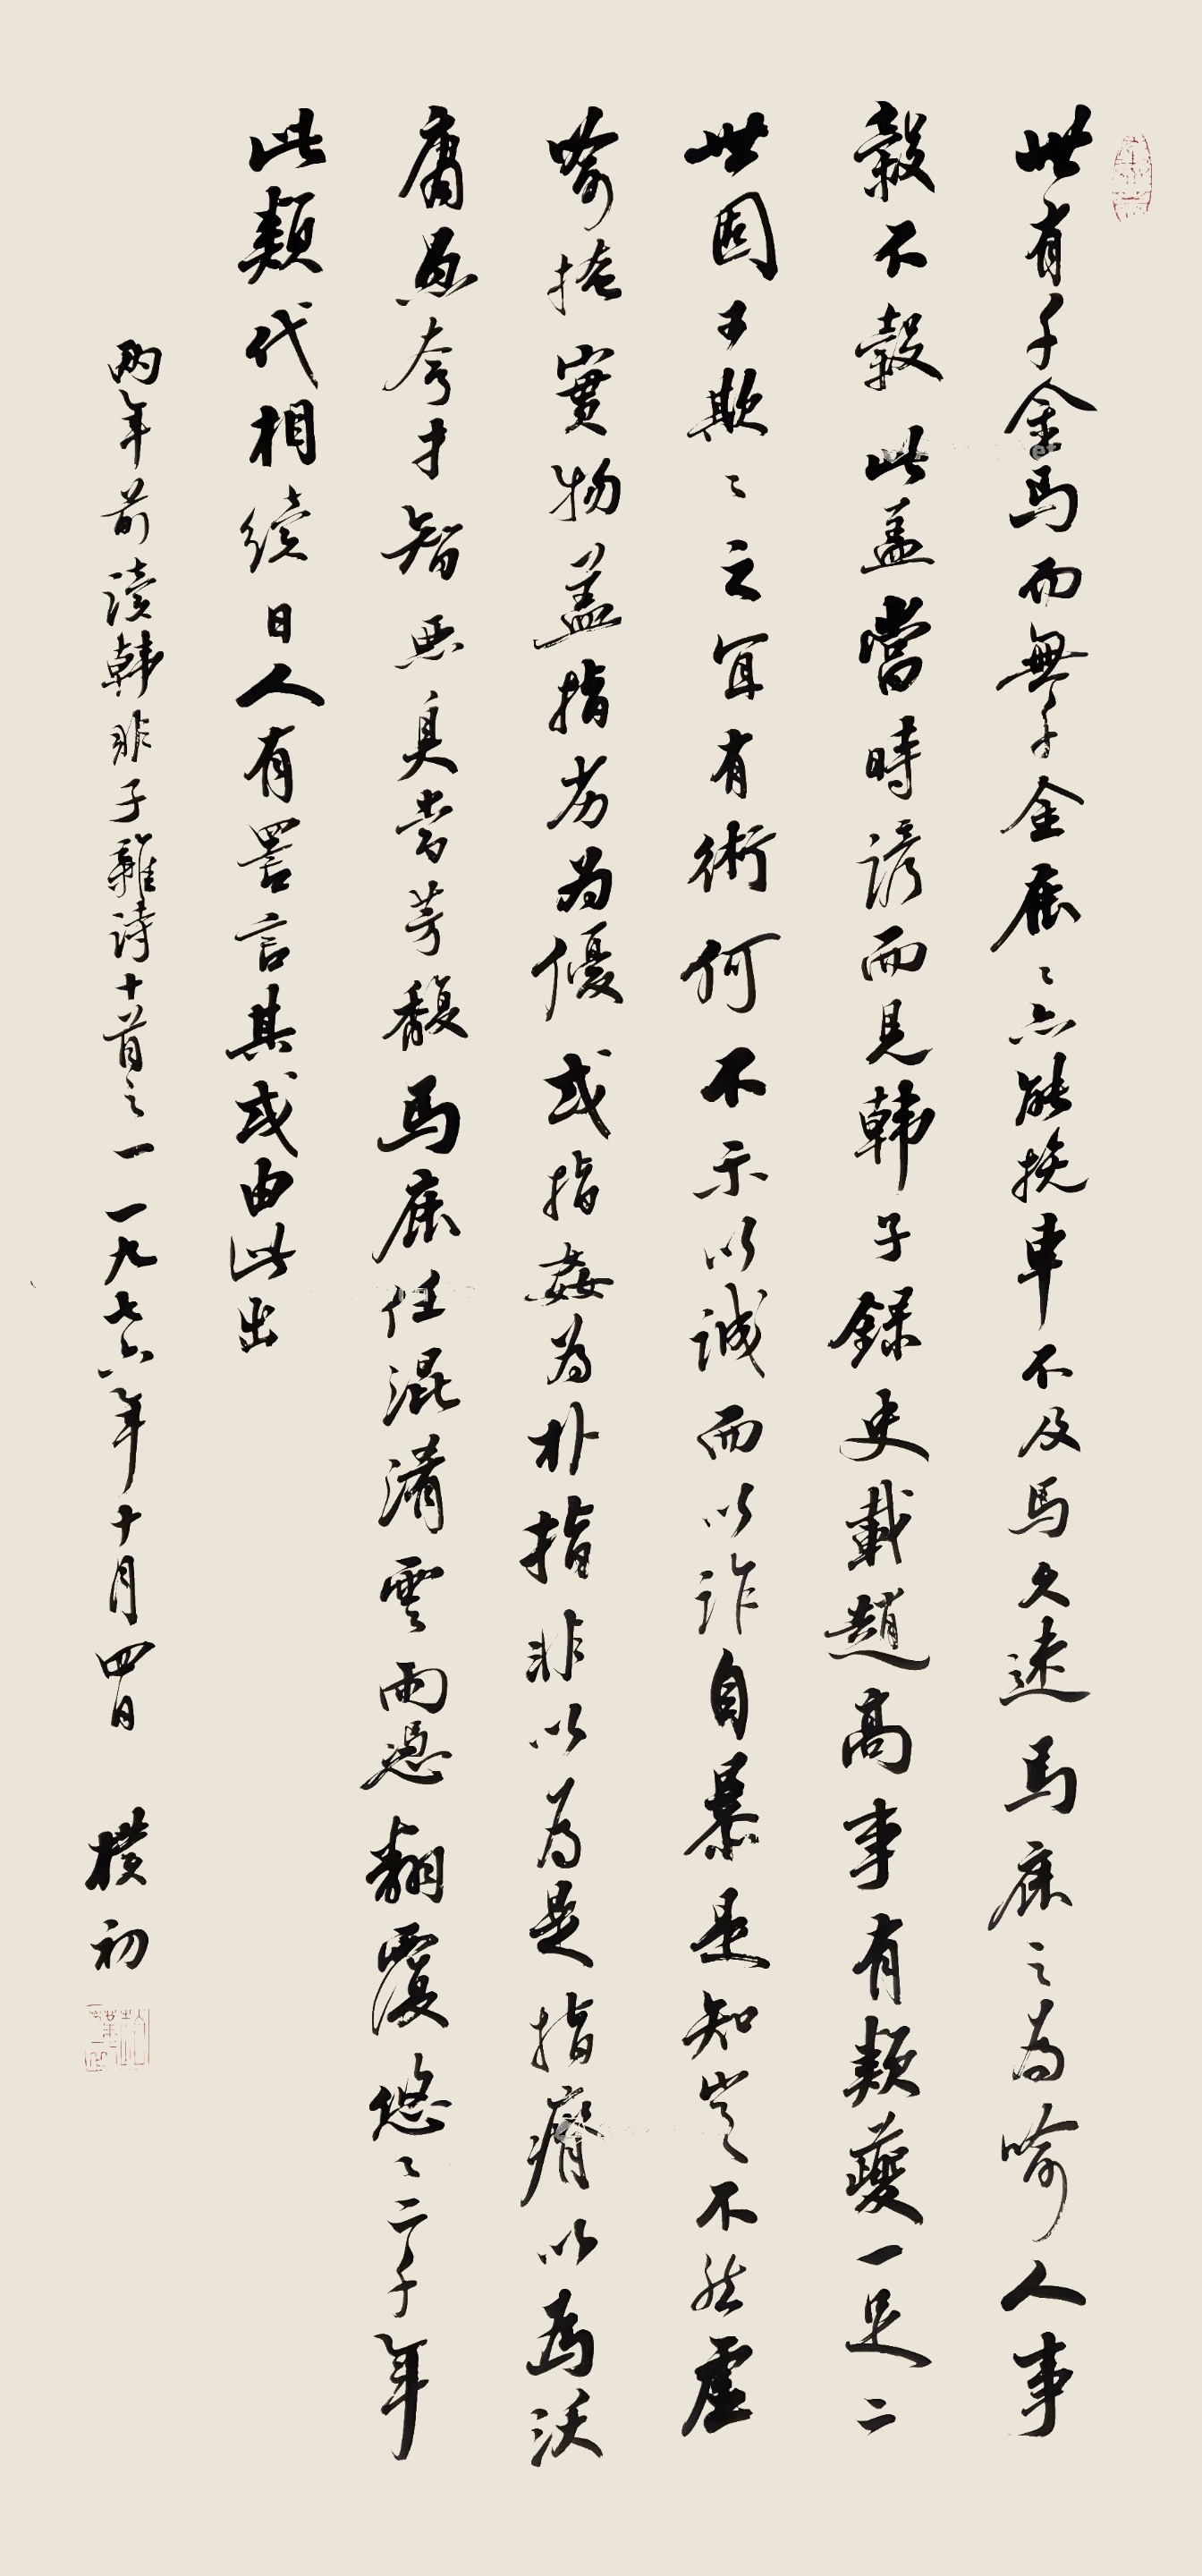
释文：世有千金马，而无千金鹿。鹿亦能挽车，不及马久远。马鹿之为喻，人事榖不榖。此盖当时谚，而见韩子录。史载赵高事，有类夔一足，二世固可欺，欺之宜有术。何不示以诚，而以诈自暴，是知定不然，虚喻掩实物。盖指劣为优，或指奸为朴，指非以为长，指瘠以为沃，庸愚夸才智，恶臭当芳馥，马鹿任混淆，云雨恣翻覆。悠悠二千年，此类代相绘。日人有詈言，其或由此出。两年前读韩非子杂诗十首之一。一九七六年十月四日。檏初。